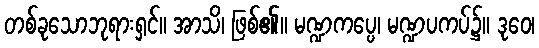
တစ်ခုသောဘုရားရှင်။ အာသိ၊ ဖြစ်၏။ မဏ္ဍကပ္ပေ၊ မဏ္ဍပကပ်၌။ ဒုဝေ၊